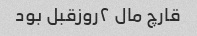
قارچ مال ۲روزقبل بود